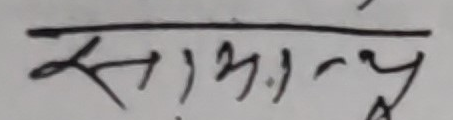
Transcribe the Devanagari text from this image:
सामान्य